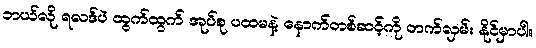
ဘယ်လို ရလဒ်ပဲ ထွက်ထွက် အုပ်စု ပထမနဲ့ နောက်တစ်ဆင့်ကို တက်လှမ်း နိုင်မှာပါ။